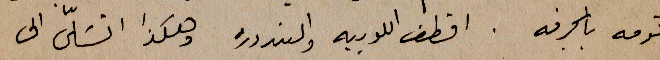
اقومه بالمجرفة. اقطف اللوبيه والبندروره وهكذا اتسَلّى الى